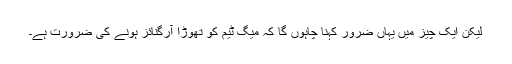
لیکن ایک چیز میں یہاں ضرور کہنا چاہوں گا کہ میگ ٹیم کو تھوڑا آرگنائز ہونے کی ضرورت ہے۔